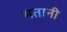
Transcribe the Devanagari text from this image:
मतानी